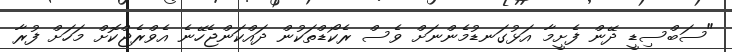
"ސަބްސިޑީ ދޭން ފެށީމާ އަޅުގަނޑުމެންނަށް ވެސް ރެކޯޑްތަކުން ދައްކަންޖެހޭނެ އެވްރެޖްކޮށް މަހަށް ފުރާ